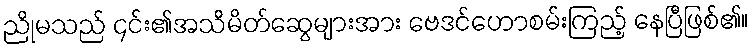
ညိုမသည် ၄င်း၏အသိမိတ်ဆွေများအား ဗေဒင်ဟောစမ်းကြည့် နေပြီဖြစ်၏။